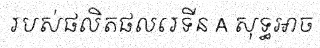
របស់ផលិតផលរេទីន A សុទ្ធអាច